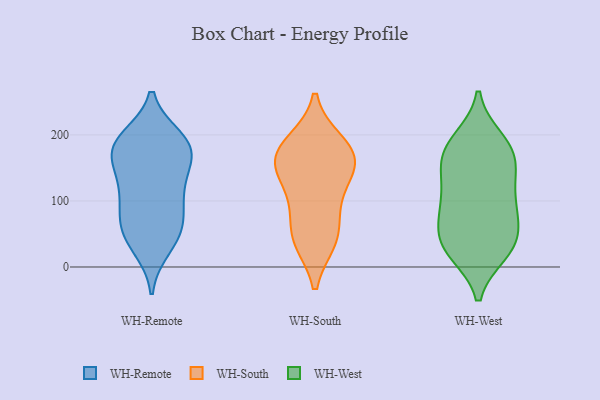
{"axis": {"x": "Operating Costs (USD K)", "y": "Value"}, "legend": ["WH-Remote", "WH-South", "WH-West"], "data": [{"x": "", "y": 48, "type": "WH-Remote"}, {"x": "", "y": 126, "type": "WH-Remote"}, {"x": "", "y": 30, "type": "WH-Remote"}, {"x": "", "y": 180, "type": "WH-Remote"}, {"x": "", "y": 118, "type": "WH-Remote"}, {"x": "", "y": 184, "type": "WH-Remote"}, {"x": "", "y": 64, "type": "WH-Remote"}, {"x": "", "y": 76, "type": "WH-Remote"}, {"x": "", "y": 87, "type": "WH-Remote"}, {"x": "", "y": 165, "type": "WH-Remote"}, {"x": "", "y": 165, "type": "WH-Remote"}, {"x": "", "y": 187, "type": "WH-Remote"}, {"x": "", "y": 122, "type": "WH-Remote"}, {"x": "", "y": 186, "type": "WH-Remote"}, {"x": "", "y": 46, "type": "WH-Remote"}, {"x": "", "y": 194, "type": "WH-Remote"}, {"x": "", "y": 147, "type": "WH-South"}, {"x": "", "y": 160, "type": "WH-South"}, {"x": "", "y": 95, "type": "WH-South"}, {"x": "", "y": 42, "type": "WH-South"}, {"x": "", "y": 169, "type": "WH-South"}, {"x": "", "y": 40, "type": "WH-South"}, {"x": "", "y": 98, "type": "WH-South"}, {"x": "", "y": 161, "type": "WH-South"}, {"x": "", "y": 189, "type": "WH-South"}, {"x": "", "y": 143, "type": "WH-South"}, {"x": "", "y": 44, "type": "WH-South"}, {"x": "", "y": 188, "type": "WH-South"}, {"x": "", "y": 91, "type": "WH-West"}, {"x": "", "y": 22, "type": "WH-West"}, {"x": "", "y": 164, "type": "WH-West"}, {"x": "", "y": 178, "type": "WH-West"}, {"x": "", "y": 190, "type": "WH-West"}, {"x": "", "y": 147, "type": "WH-West"}, {"x": "", "y": 76, "type": "WH-West"}, {"x": "", "y": 31, "type": "WH-West"}, {"x": "", "y": 30, "type": "WH-West"}, {"x": "", "y": 169, "type": "WH-West"}, {"x": "", "y": 23, "type": "WH-West"}, {"x": "", "y": 90, "type": "WH-West"}, {"x": "", "y": 55, "type": "WH-West"}, {"x": "", "y": 122, "type": "WH-West"}, {"x": "", "y": 193, "type": "WH-West"}, {"x": "", "y": 141, "type": "WH-West"}, {"x": "", "y": 96, "type": "WH-West"}, {"x": "", "y": 44, "type": "WH-West"}]}